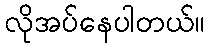
လိုအပ်နေပါတယ်။